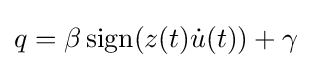
q=\beta \operatorname {sign} (z(t){\dot {u}}(t))+\gamma